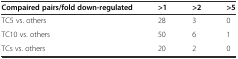
<table><thead><tr><td><b>Compaired pairs/fold down-regulated</b></td><td><b>&gt;1</b></td><td><b>&gt;2</b></td><td><b>&gt;5</b></td></tr></thead><tbody><tr><td>TC5 vs. others</td><td>28</td><td>3</td><td>0</td></tr><tr><td>TC10 vs. others</td><td>50</td><td>6</td><td>1</td></tr><tr><td>TCs vs. others</td><td>20</td><td>2</td><td>0</td></tr></tbody></table>